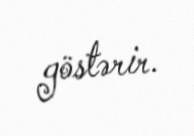
göstərir.